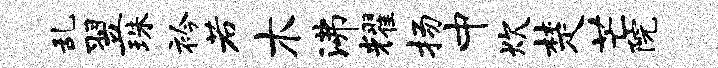
乱翌珠衿若木沸耀扬中炊楚芒院